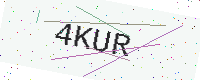
Text: 4KUR